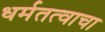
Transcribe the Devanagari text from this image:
धर्मतत्वाचा